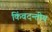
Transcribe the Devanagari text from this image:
किंवदन्तीय